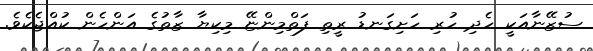
ސުޒޭނާއަކީ ހެދި ހުރި ހަށިގަނޑު ރީތި ފަތްމިންޏޭ މިކިޔާ ޒާތުގެ އަންހެން ކުއްޖެކެވެ.